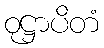
ဝုဋ္ဌာပိတံ